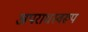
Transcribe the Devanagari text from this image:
अपराधस्वरूप